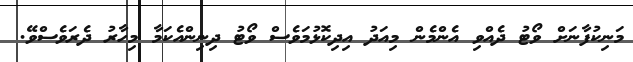
މަނިކުފާނަށް ވޯޓު ދެއްވި އެންމެން މިއަދު އިދިކޮޅުމަވެސް ވޯޓު ދިނިންއެކަމާ މިހާރު ދެރަވެސްވޭ.